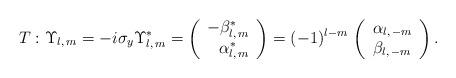
LaTeX: \begin{align*} T : \Upsilon_{l,\, m} = -i \sigma_y \Upsilon^*_{l,\, m} =\left(\begin{array}{r} -\beta^*_{l,\, m} \\ \alpha^*_{l,\, m}\end{array}\right) = (-1)^{l-m}\,\left(\begin{array}{c} \alpha_{l,\,- m} \\ \beta_{l,\,- m}\end{array}\right).\end{align*}